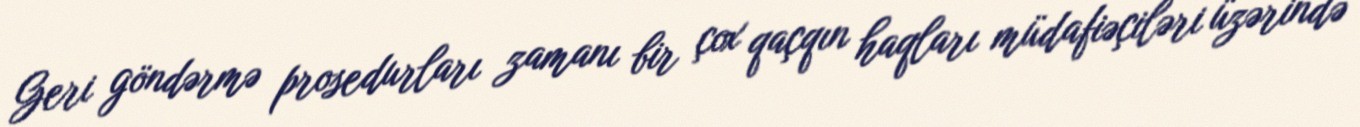
Geri göndərmə prosedurları zamanı bir çox qaçqın haqları müdafiəçiləri üzərində